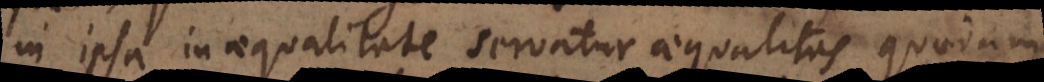
in ipsa inaequalitate servatur aequalitas quaedam